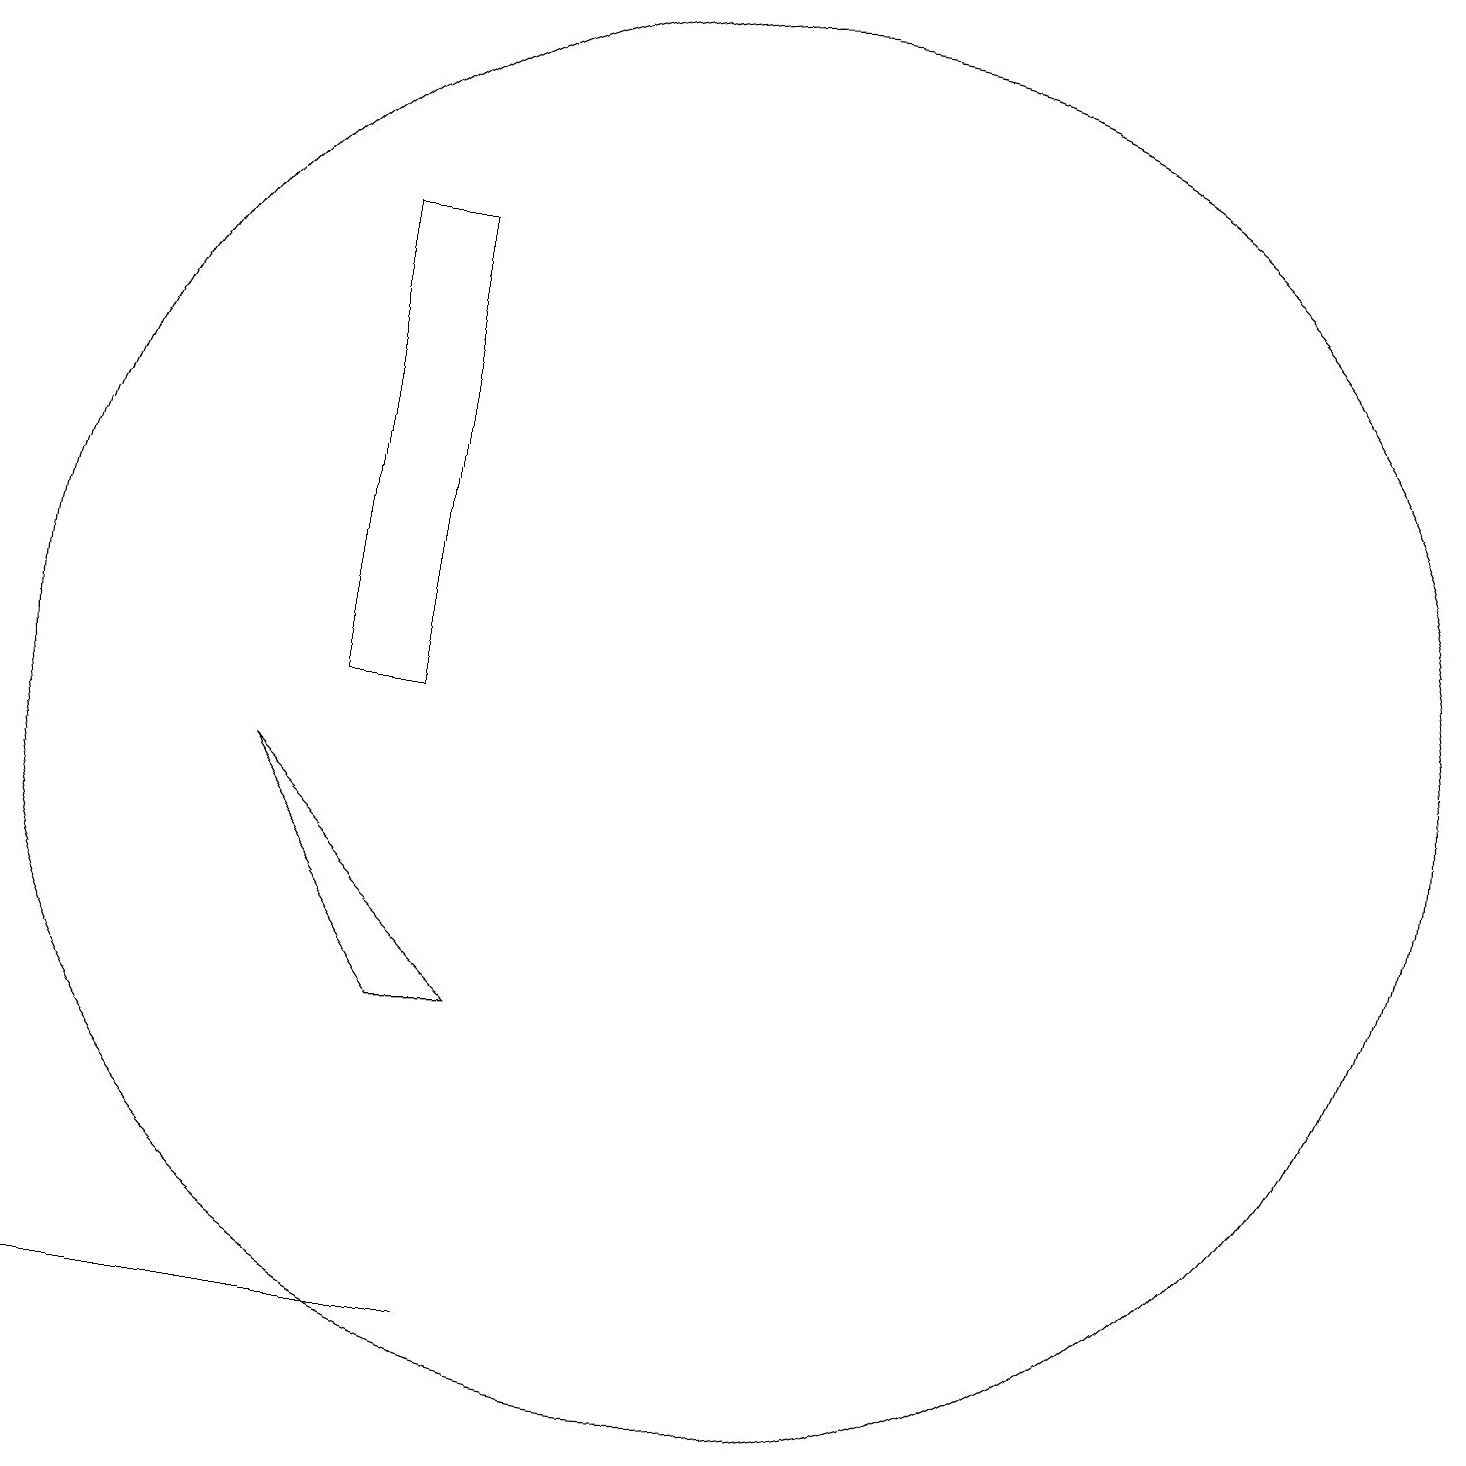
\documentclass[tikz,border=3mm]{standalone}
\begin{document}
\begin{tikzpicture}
\draw (8,6) -- (9,6) -- (6,9) -- cycle;
\draw (7,10) rectangle (8,16);
\draw (10,12) circle (0);
\draw (9,2) -- (3,2) -- (9,2) -- cycle;
\draw (12,10) circle (9);
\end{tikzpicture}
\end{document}